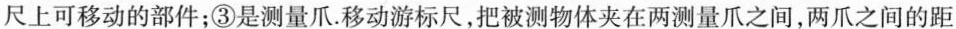
尺上可移动的部件；③是测量爪.移动游标尺，把被测物体夹在两测量爪之间，两爪之间的距